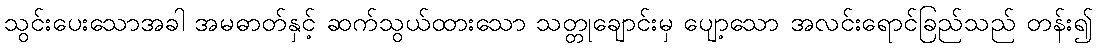
သွင်းပေးသောအခါ အမဓာတ်နှင့် ဆက်သွယ်ထားသော သတ္တုချောင်းမှ ပျော့သော အလင်းရောင်ခြည်သည် တန်း၍